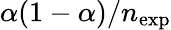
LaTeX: \alpha(1-\alpha)/n_{\mathrm{exp}}